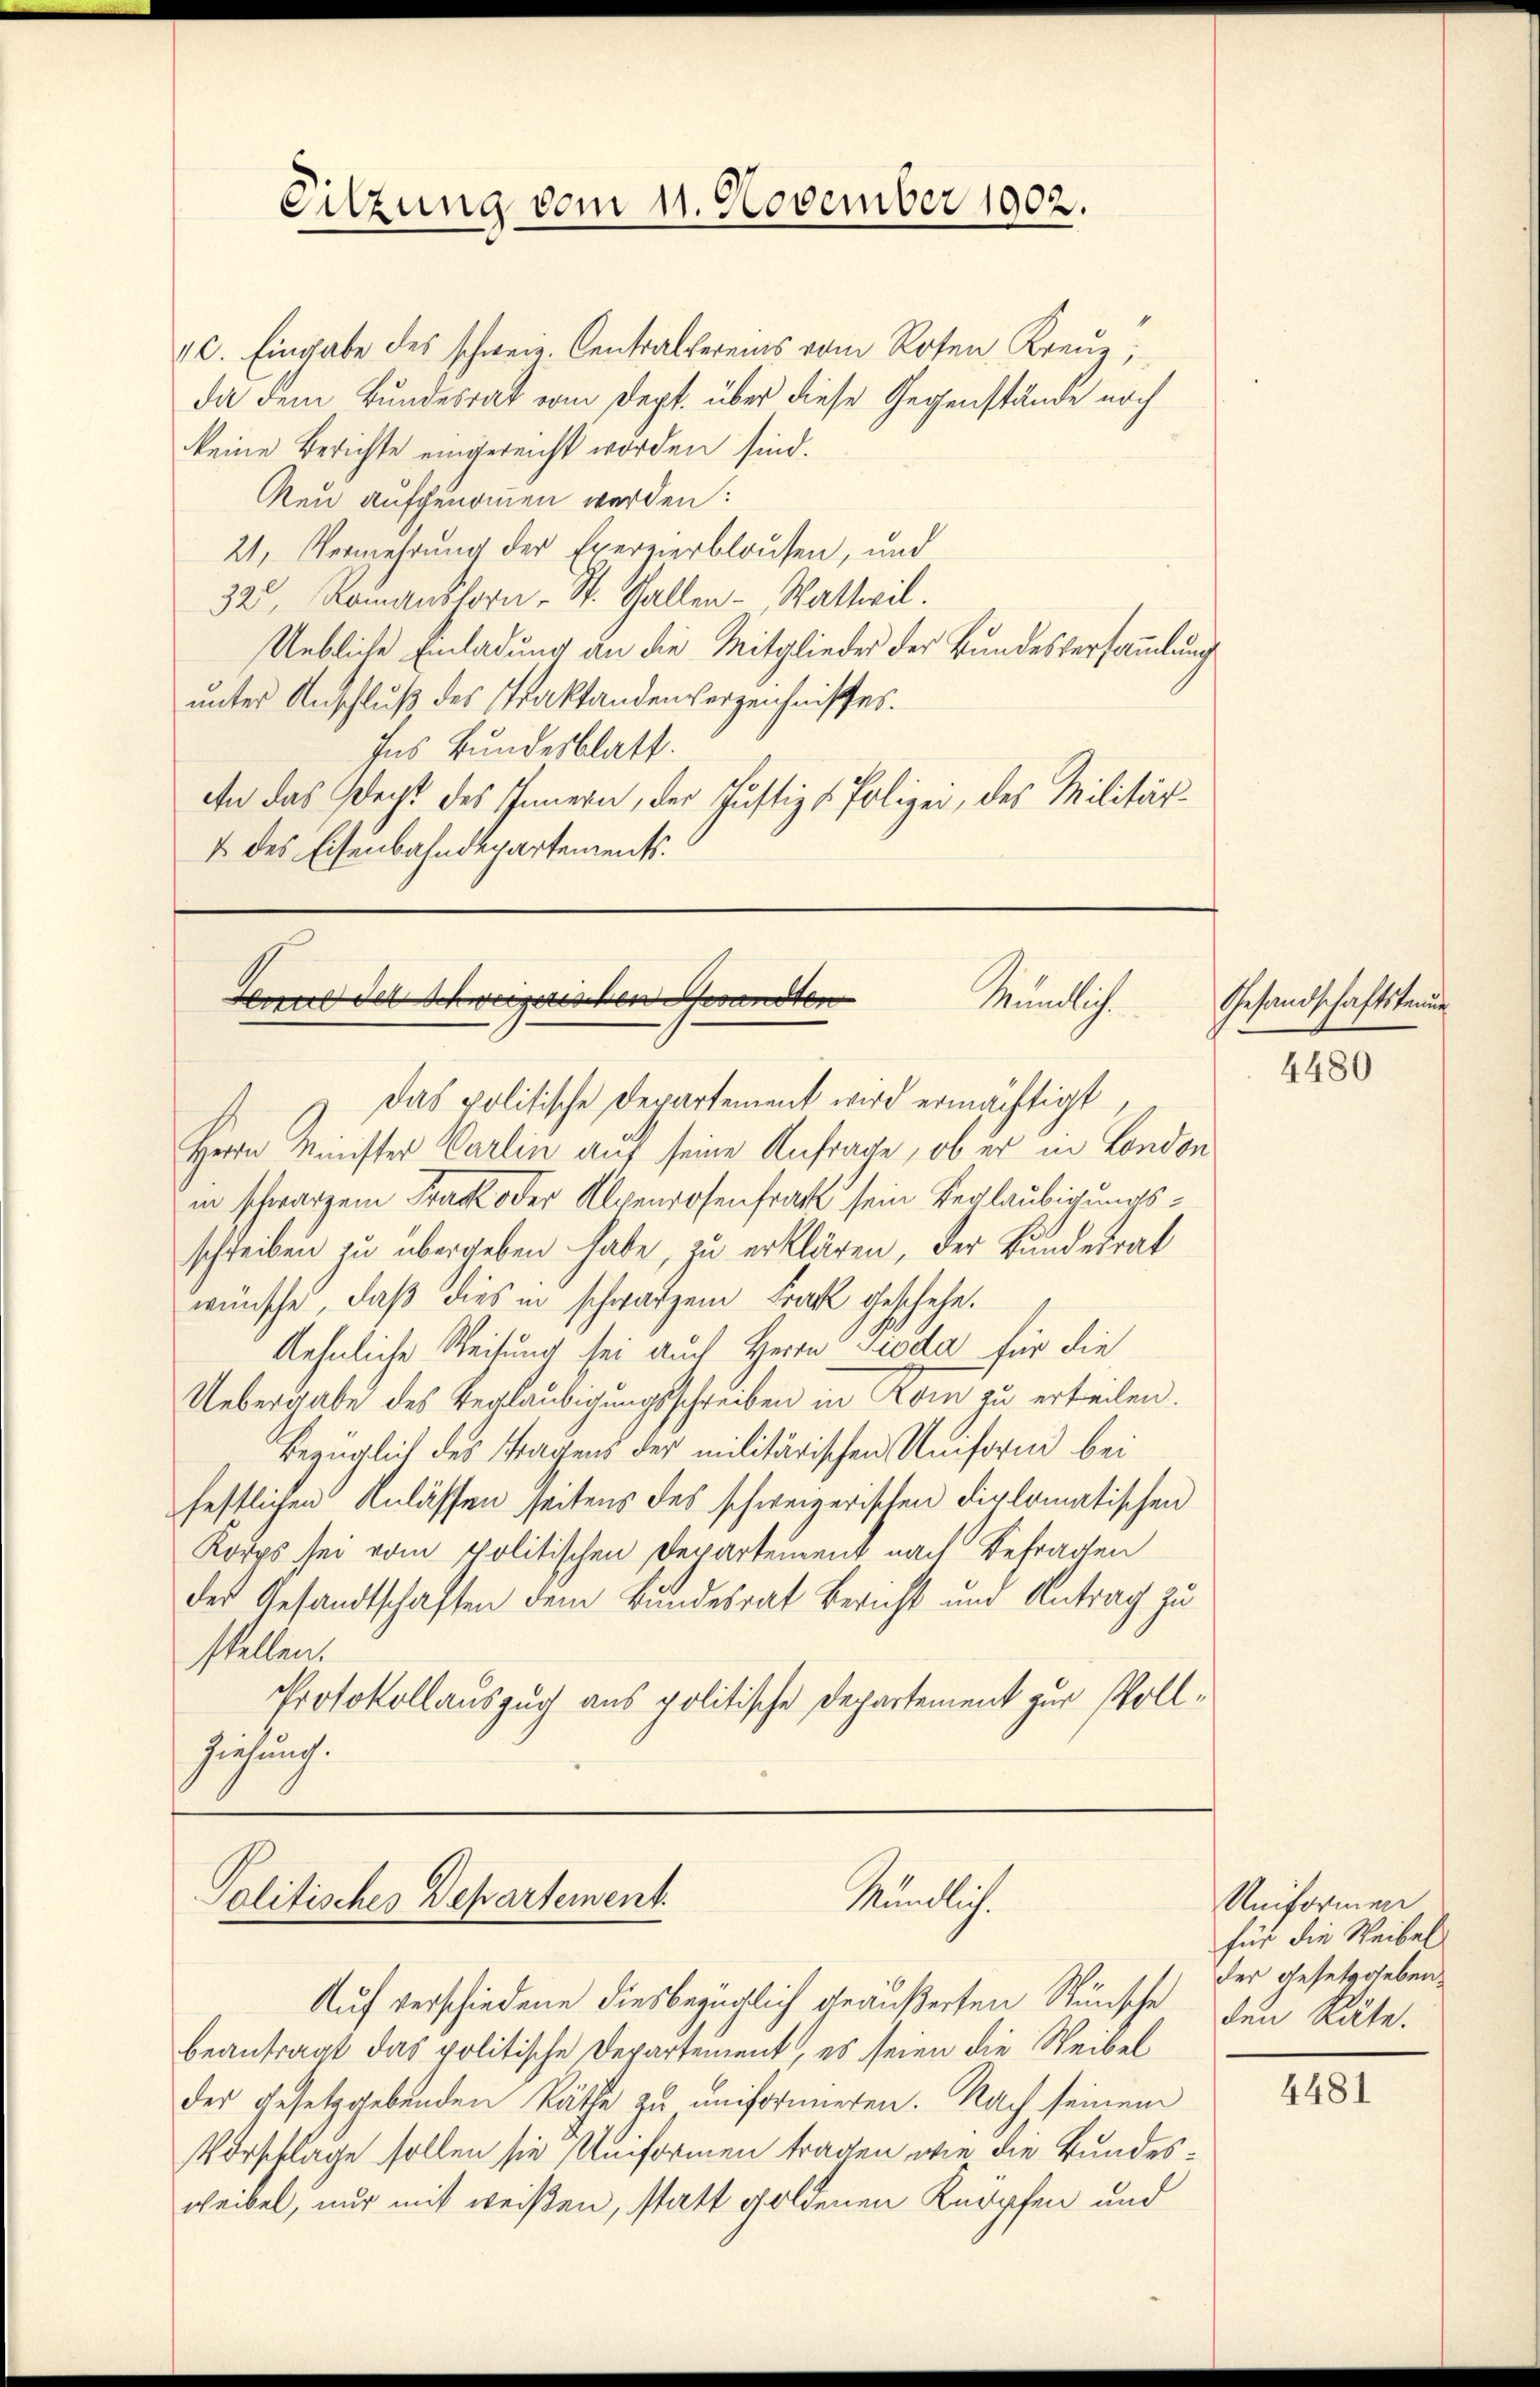
Sitzung vom 11. November 1902.

10. Eingabe des schweiz. Centralvereins vom Roten Kreŭz
da dem Bundesrat vom Dept. über diese Gegenstände noch
keine Berichte eingereicht worden sind.
Reu aufgenommen werden:
21. Vermehrung der Exereierblausen, und
32, Romanshorn, St. Gallen - Wattwil.
Uebliche Einladung an die Mitglieder der Bundesversammlung
unter Anschluß des Praktandenverzeichnisses.
Ins Bundesblatt.
An das Recht des Innern, der Justiz & Polizei, des Militär¬
1 des Eisenbahndepartements

Haus der Schweizerischen Gesandten
Nämlich

Das politische Departement wird ermächtigt
Herrn Minister Carlin auf seine Anfrage, ob er in London
in schwarzem Track oder Alpenrosenfrat sein Beglaubigungsschreiben zu übergeben habe, zu erklären, der Bundesrat
wünsche, daß dies in schwarzen Frak geschehe.
Aehnliche Weisung sei auch Herrn Pioda für die
Uebergabe des Beglaubigungsschreiben in Rom zu erteilen.
bezüglich des Fragens der militärischen Uniform bei
festlichen Anlassen seitens des schweizerischen diplomatischen
Korps sei vom politischen Departement nach Befragen
des Gesandtschaften dem Bundesrat Bericht und Antrag zu
stellen.
Protokollauszug aus politische Departement zur Vollziehung.

Politisches Departement.
Ründlich

Auf verschiedene diesbezüglich geäußerten Wünsche den Räte.
beantragt das politische Departement, es seien die Weibel
der gesetzgebenden Räthe zu uniformieren. Nach seinem
Vorschlage sollen sie Uniformen tragen, wie die Bundesweibel, nur mit weißen, statt goldenen Knopfen und

Gesandschaftskenne

4480

Uniformen
für die Weibel
der Gesetzgeben.
4481